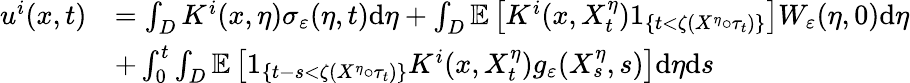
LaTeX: \begin{array}{rl}{u^{i}(x,t)}&{=\int_{D}K^{i}(x,\eta)\sigma_{\varepsilon}(\eta,t)\textrm{d}\eta+\int_{D}\mathbb{E}\left[K^{i}(x,X_{t}^{\eta})1_{\left\{ t<\zeta(X^{\eta}\circ\tau_{t})\right\} }\right]W_{\varepsilon}(\eta,0)\textrm{d}\eta}\\ &{+\int_{0}^{t}\int_{D}\mathbb{E}\left[1_{\{ t-s<\zeta(X^{\eta}\circ\tau_{t})\} }K^{i}(x,X_{t}^{\eta})g_{\varepsilon}(X_{s}^{\eta},s)\right]\textrm{d}\eta\textrm{d}s}\end{array}